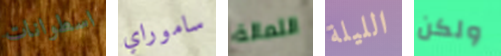
اسطوانات ساموراي الثمالة الليلة ولكن